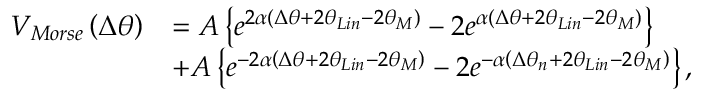
\begin{array} { r l } { { { V } _ { M o r s e } } \left( \Delta { { \theta } } \right) } & { = A \left\{ { { e } ^ { 2 \alpha \left( \Delta { { \theta } } + 2 { { \theta } _ { L i n } } - 2 \theta _ { M } \right) } } - 2 { { e } ^ { \alpha \left( \Delta { { \theta } } + 2 { { \theta } _ { L i n } } - 2 \theta _ { M } \right) } } \right\} } \\ & { + A \left\{ { { e } ^ { - 2 \alpha \left( \Delta { { \theta } } + 2 { { \theta } _ { L i n } } - 2 \theta _ { M } \right) } } - 2 { { e } ^ { - \alpha \left( \Delta { { \theta } _ { n } } + 2 { { \theta } _ { L i n } } - 2 \theta _ { M } \right) } } \right\} , } \end{array}